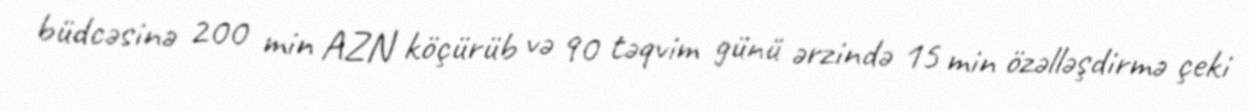
büdcəsinə 200 min AZN köçürüb və 90 təqvim günü ərzində 15 min özəlləşdirmə çeki